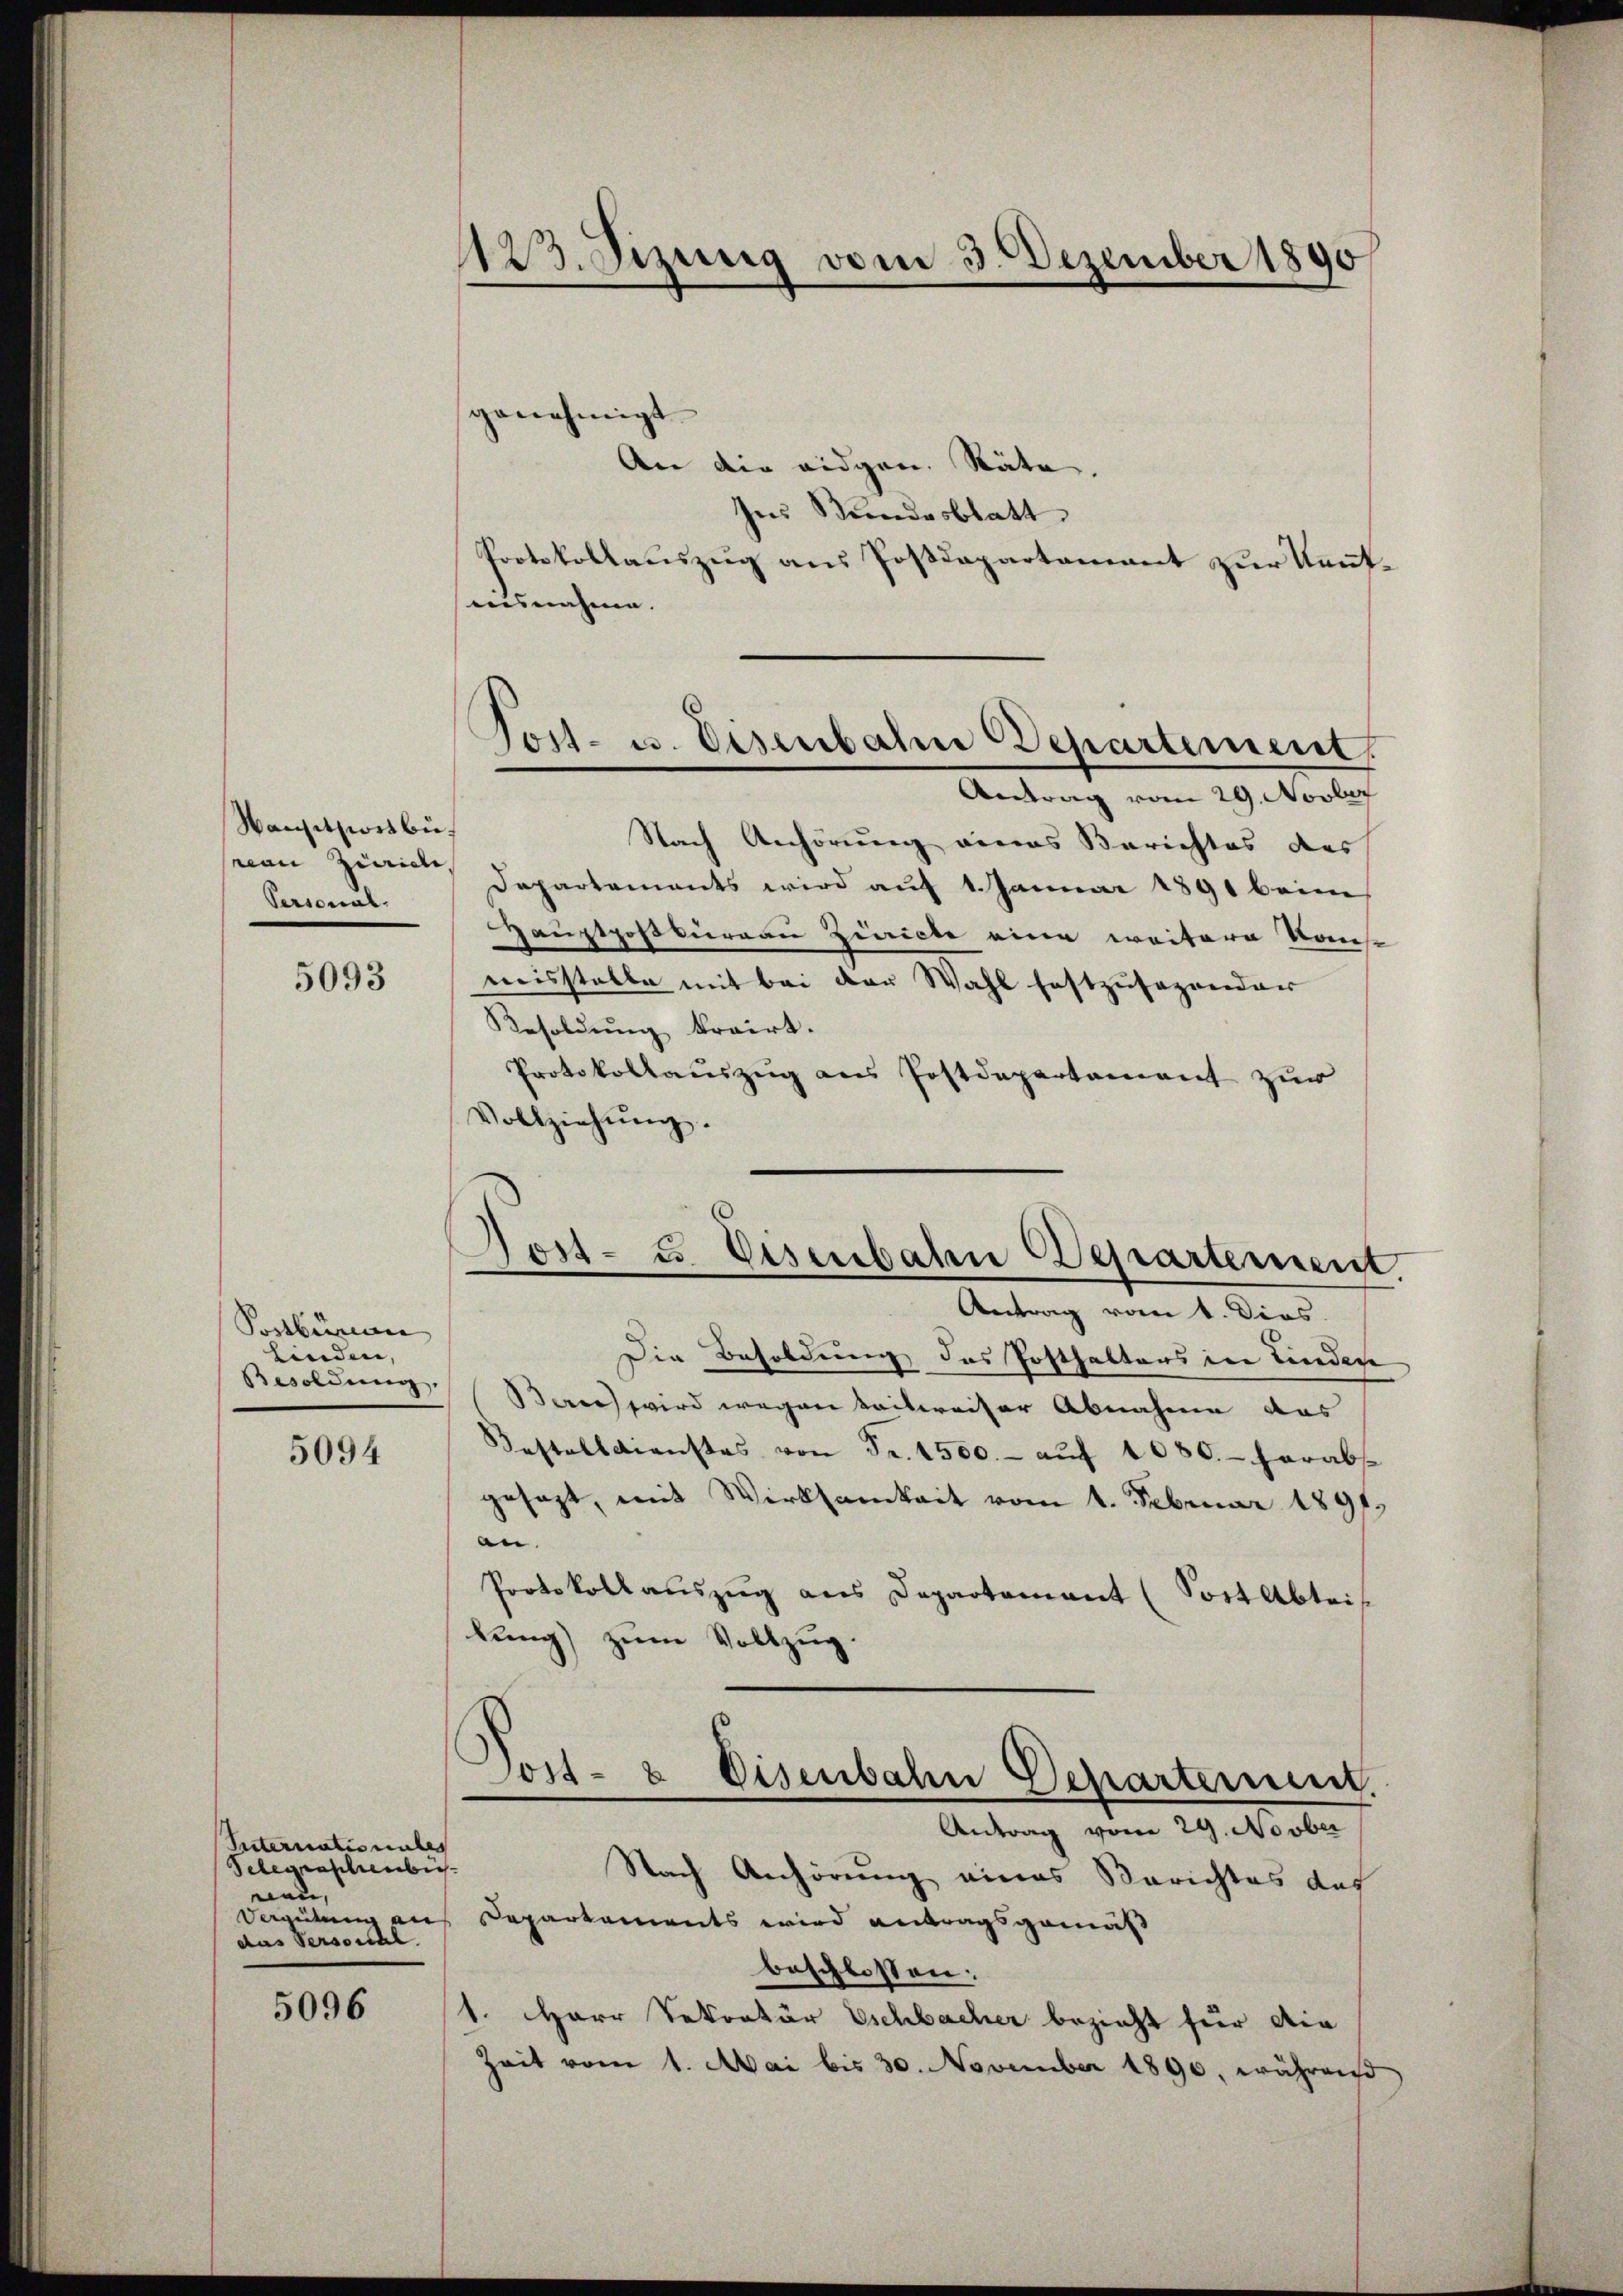
Nansitzionsbüvon Zürich,
Personal

5093

Postbüreau
finden,

5094

Suternationales
Telegraphenbeneu,
das Versonal

5096

123. Sizung vom 3. Dezember 1890

genehmigt
An die eidgen. Räte.
Ins Bundesblatt
Protokollauszug aus Postdepartament zur Kenntausnahme.

Post- u. Eisenbahn Departement.
Antrag vom 29. Novber

Nach Anhörung eines Berichtes des
Departements wird auf 1. Januar 1891 beim
Haustpostureau Ziricte eine weitere Konse
misstelle mit bei der Wahl festzusezender
Besoldung krairt.
Protokollauszug aus Postdepartement zur
Vollziehŭng.

Die Besoldung des Posthalters in Linden
Besoldung Baren wird wegen teilweiser Abnahme das
Bestallaienstes von Fr. 1500.- aŭf 1080.- herabs
gesezt, mit Wirksamkeit vom 1. Februar 1891.
an.
Protokoll aŭszŭg ans Departement (Sost Abteis
lung) zum Vollzug.

Gost- u. Eisenbahn Departement.
Antrag vom 1. Dies

Jost- & Eisenbahn Departeien.
Antrag vom 29. Novber
Nach Anhörung eines Berichtes das

Vergütung auf Departements wird antragsgemäß
beschlossen:
1. Herr Sekretär Eschbacher bezieht für die
Zeit vom 1. Mai bis 30. November 1890, während